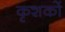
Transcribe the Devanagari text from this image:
कृशकों